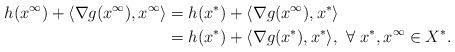
LaTeX: \begin{align*}h(x^\infty)+\langle\nabla g(x^{\infty}),x^{\infty}\rangle&=h(x^*)+\langle\nabla g(x^{\infty}),x^{*}\rangle\\&=h(x^*)+\langle\nabla g(x^{*}),x^{*}\rangle, \ \forall~x^*, x^{\infty}\in X^*.\end{align*}